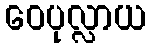
ဝေပုလ္လာယ